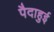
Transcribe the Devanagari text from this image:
पैदाहुई